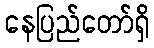
နေပြည်တော်ရှိ